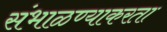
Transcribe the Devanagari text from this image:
संभाळण्याकरता